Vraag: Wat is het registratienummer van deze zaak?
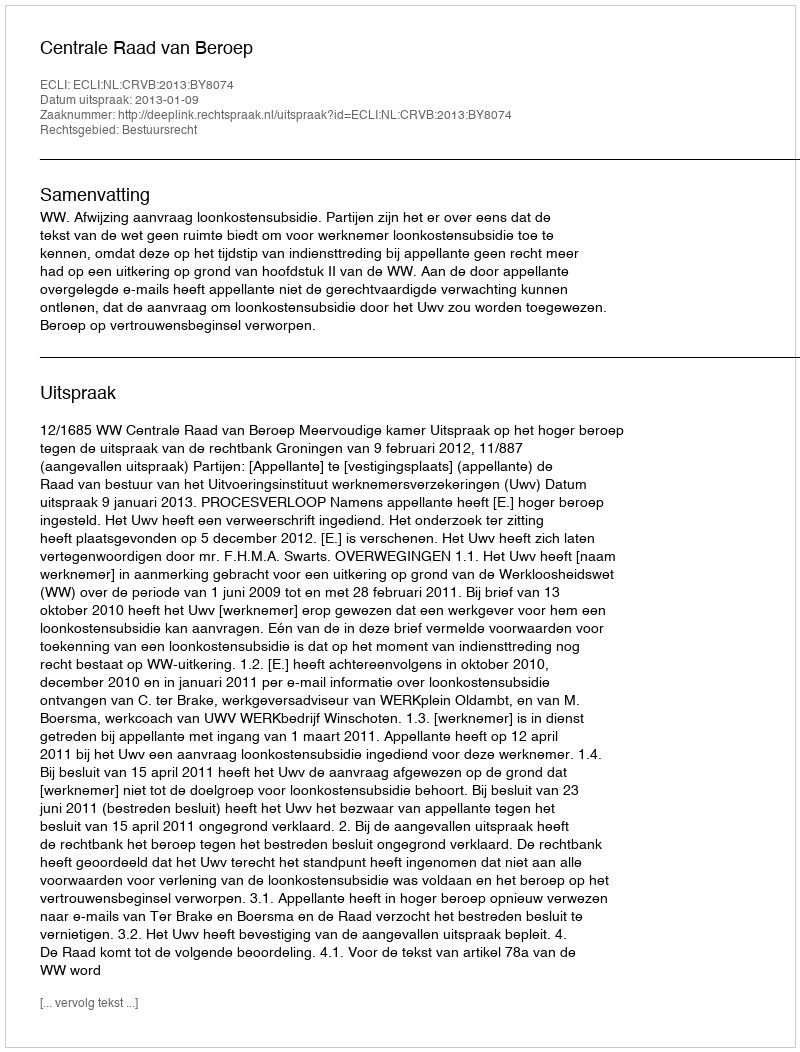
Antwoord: http://deeplink.rechtspraak.nl/uitspraak?id=ECLI:NL:CRVB:2013:BY8074